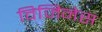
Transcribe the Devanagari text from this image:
विजिनेस